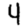
Digit: 4